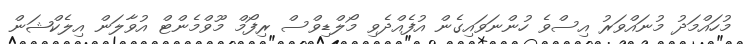
މުހައްމަދު މުނައްވަރު އިސްވެ ހުންނަވައިގެން އުފެއްދެވި މޯލްޑިވްސް ރިފޯމް މޫވްމެންޓް އުވާލަން އިލެކްޝަން